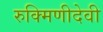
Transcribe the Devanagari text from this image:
रुक्मिणीदेवी